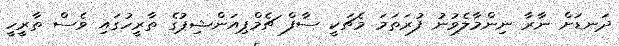
ދަނޑަށް ނާރާ ނިންމާލެވުނު ފުރަތަމަ މެޗަކީ ސާފް ޗެމްޕިއަންޝިޕުގެ ތާރީހުގައި ވެސް ތާރީހީ